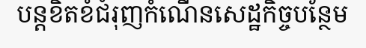
បន្តខិតខំជំរុញកំណើនសេដ្ឋកិច្ចបន្ថែម